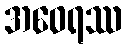
အဝေရဿ